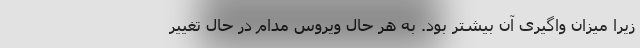
زیرا میزان واگیری آن بیشتر بود. به هر حال ویروس مدام در حال تغییر